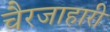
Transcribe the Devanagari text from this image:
चैरजाहारी